Annual report on the lock hospitals of the Madras Presidency
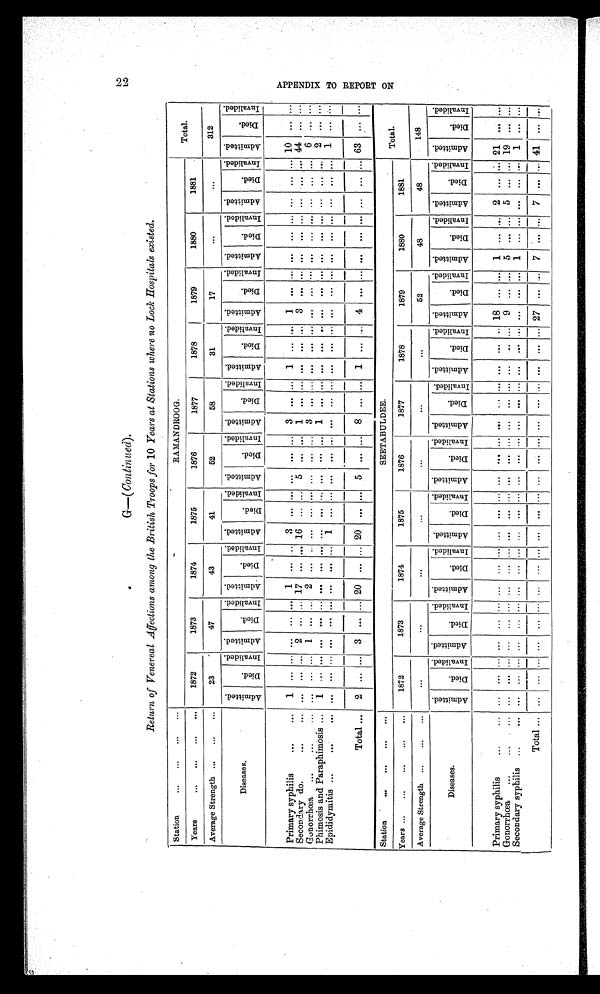
G—( Continued) .
Return of Venereal Affections among the British Troops for 10 Years at Stations where no Lock Hospitals existed.
Station
...
. . .
. . .
. . .
RAMANDROOG.
Total.
Years
... ... ...
. . .
1872
1873
1874
1875
1876
1877
1878
1879
1880
1881
Average Strength ...
. . .
. . .
23
47
43
41
52
58
31
17
...
. . . 312
Diseases.
A d m i t t e d . D i e d .
I n v a l i d e d . A d m i t t e d . D i e d . I n v a l i d e d . A d m i t t e d . D i e d . I n v a l i d e d
. A d m i t t e d . D i e d . I n v a l i d e d A d m i t t e d .
D i e d . I n v a l i d e d . A d m i t t e d . D i e d . I n v a l i d e d . A d m i t t e d . D i e d . I n v a l i d e d . A d m i t t e d .
D i e d . I n v a l i d e d . A d mi t t e d . D i e d . I n v a l i d e d . A d m i t t e d . D i e d . I n v a l i d e d . A d m i t t e d . D i e d . I n v a l i d e d .
Primary syphilis
... . . .
1 . . . . . . . . . . . . . . . 1
. . . . . . 3 . . . . . . . . . . . . . . . 3 . . . . . . 1 . . . . . . 1 . . . . . .
...1 . . . . . . . . .
. . . . . . 1 0 . . .
. . .
Secondary do.
. . .
...
... . . . . . . 2 ... ... 17 ... ... 16 ... ... 5
. . . . . . 1 . . . . . . . . . . . . . . . 3 . . . . . .
...
. . . . . . . . .
. . . . . . 44 . . . . . .
Gonorrhœa ...
. . .
...
... . . . . . . 1 . . . . . . 2 . . . . . . . . . . . . . . . . . . . . . . . . 3 . . . . . . . . . . . . . . . . . . . . . . . .
...
. . . . . . . . .
. . . . . . 6 . . . . . .
Phimosis and Paraphimosis ... 1 . . . . . . ... ... ... ... ... ... ... ... . . . . . .
. . . . . . 1 . . . . . . . . . . . . . . . . . .
. . . . . . ...
. . . . . . . . .
. . . . . . 2 . . . . . .
Epididymitis ...
. . .
. . .
... . . . . . . . . . . . . . . . . . . . . . . . . 1
. . . . . . . . . . . . . . . . . . . . . . . . . . .
. . . . . . . . . . . . . . .
...
. . . . . . . . .
. . . . . . 1 ... . . .
Total . . . 2
. . . . . . 3 ... ... 20 ... ... 20 . . . . . . 5 . . . . . . 8 . . . ... 1
. . . . . . 4 . . .
. . .
...
. . . . . .
. . .
. . .
. . .
6 3
. . . . . .
Station
...
. . .
...
. . .
SEETABULDEE.
Total.
Years ... ...
. . .
. . .
. . . 1872
1873
1874
1875
1876
1877
1878
1879
1880
1881
Average Strength ... ... ...
. . .
. . .
. . . . . .
. . .
. . .
...
52
48
48
148
Diseases.
A d m i t t e d . D i e d . I n v a l i d e d
. A d m i t t e d . D i e d . I n v a l i d e d . A d m i t t e d . D i e d . I n v a l i d e d
. A d m i t t e d .
D i e d . I n v a l i d e d . A d m i t t e d . D i e d . I n v a l i d e d . A d m i t t e d .
D i e d .
I N v a l i d e d . Ad mi t t e d . D i e d. I n v a l i d e d . Ad mi t t e d . D i e d . I n v a l i d e d . A d m i t t e d . D i e d .
I n v a l i d e d . A d m i t t e d . D i e d . I n v a l i d e d . A d m i t t e d . D i e d .
I n v a l i d e d .
Primary syphilis
... . . .
. . . . . . . . .
... ... ... ... ... ... ... ... ... ... ... ... ... ... ... ... ... ...
18
... ...
1
... ...
2
... ...
21
... ...
Gonorrhœa ...
... ... ... ... ... ... ... ... ... ... ... ... ... ... ... ... ... ... ... ... ...
9
... ...
5
... ...
5
... ...
19
... ...
Secondary syphilis ...
. . .
... ... ... ... ... ... ... ... ... ... ... ... ... ... ... ... ... ... ... ... ... ... ... ...
1
... ... ... ... ...
1
... ...
Total ...
...
... ... ... ... ... ... ... ... ... ... ... ...
... ... ... ... ... ... ... ...
27
... ...
7
... ...
7
... ...
4 1
...
...
A P P E N D I X T O R E P O R T O N